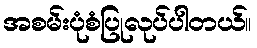
အစမ်းပုံစံပြုလုပ်ပါတယ်။